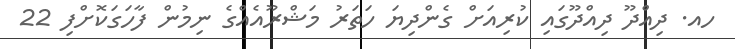
ހއ. ދިއްދޫ ދިއްދޫގައި ކުރިއަށް ގެންދިޔަ ހަތަރު މަޝްރޫއެއްގެ ނިމުން ފާހަގަކޮށްފި 22